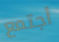
أجتمع